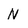
Character: N